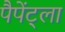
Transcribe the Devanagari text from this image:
पैपेंट्ला